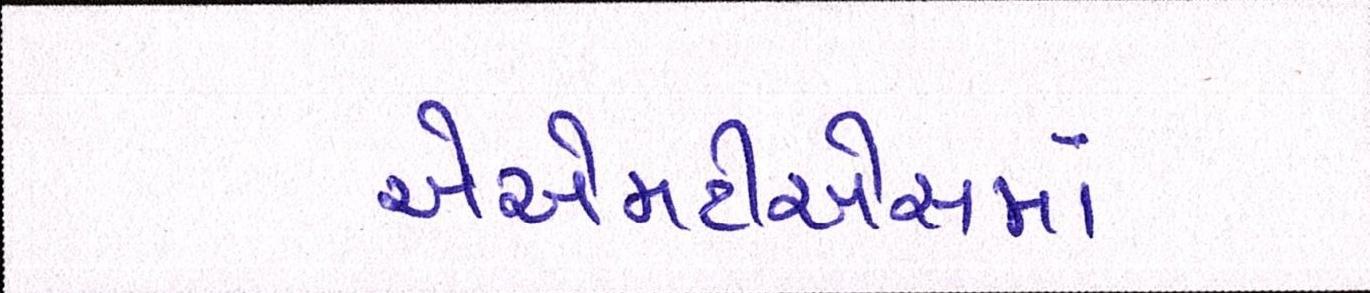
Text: એએમટીએસમાં